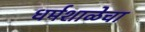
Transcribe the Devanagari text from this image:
धर्मशाळेचा